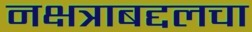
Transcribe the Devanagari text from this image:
नक्षत्राबद्दलचा